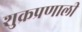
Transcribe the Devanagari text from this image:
शुक्रप्रणाली